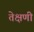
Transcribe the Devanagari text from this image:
तेक्षणी